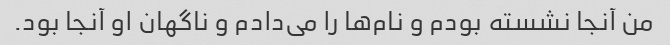
من آنجا نشسته بودم و نام‌ها را می‌دادم و ناگهان او آنجا بود.